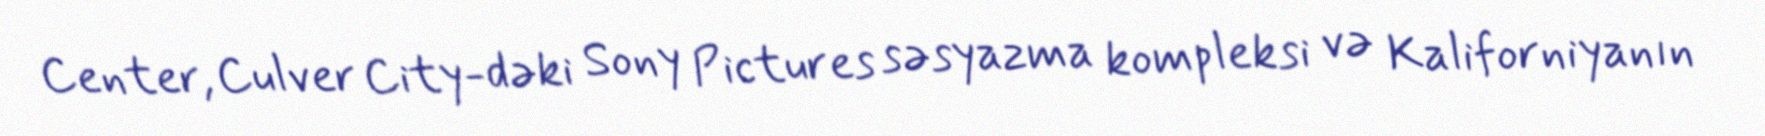
Center, Culver City-dəki Sony Pictures səsyazma kompleksi və Kaliforniyanın